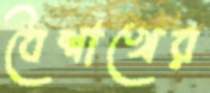
বৈশাখের